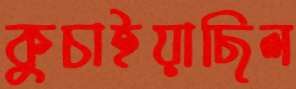
কুচাইয়াছিল